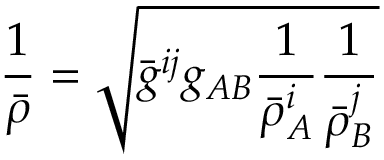
\frac { 1 } { \bar { \rho } } = \sqrt { \bar { g } ^ { i j } g _ { A B } \frac { 1 } { \bar { \rho } _ { A } ^ { i } } \frac { 1 } { \bar { \rho } _ { B } ^ { j } } }